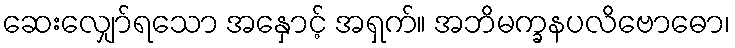
ဆေးလျှော်ရသော အနှောင့် အရှက်။ အဘိမက္ခနပလိဗောဓော၊